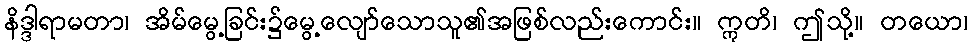
နိဒ္ဒါရာမတာ၊ အိမ်မွေ့ခြင်း၌မွေ့လျော်သောသူ၏အဖြစ်လည်းကောင်း။ ဣတိ၊ ဤသို့။ တယော၊